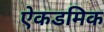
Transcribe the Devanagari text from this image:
ऐकडमिक